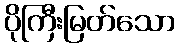
ပိုကြီးမြတ်သော